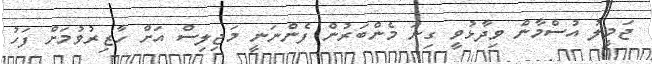
ޖަމީލު އުސްމާން ވިދާޅުވީ ގިނަ މެންބަރުން ފެންނަނީ މަޖިލިސް އަށް ހާޒިރުވުމަށް ފަހު